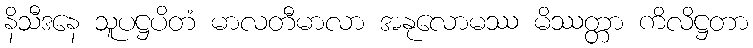
နိသီဒနေ သူပဋ္ဌပိတံ မာလတီမာလာ အနုလောမဿ မိဿတ္တာ ကိလိဋ္ဌတာ